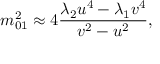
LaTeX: m _ { 0 1 } ^ { 2 } \approx 4 \frac { \lambda _ { 2 } u ^ { 4 } - \lambda _ { 1 } v ^ { 4 } } { v ^ { 2 } - u ^ { 2 } } ,